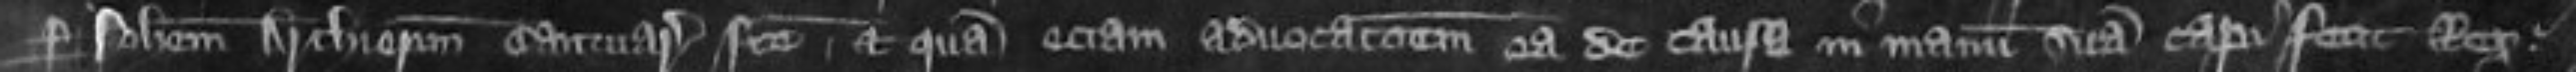
per Johannem Archiepiscopum Cantuarie facte et quam etiam advocationem ea de causa in manum suam capi fecit Rex